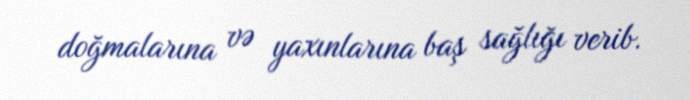
doğmalarına və yaxınlarına baş sağlığı verib.